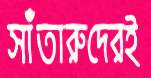
সাঁতারুদেরই